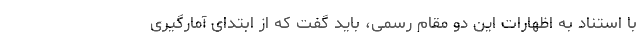
با استناد به اظهارات این دو مقام رسمی، باید گفت که از ابتدای آمارگیری